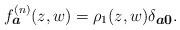
LaTeX: \begin{align*}f^{(n)}_{\mbox{\footnotesize\boldmath $a$}}(z,w) =\rho_1 (z,w)\delta _{\mbox{\footnotesize\boldmath $a0$}}.\end{align*}